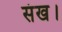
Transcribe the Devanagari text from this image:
संख।